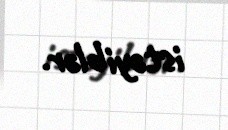
istəyiblər.